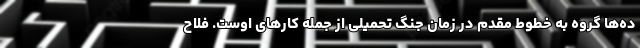
ده‌ها گروه به خطوط مقدم در زمان جنگ تحمیلی از جمله کارهای اوست. فلاح